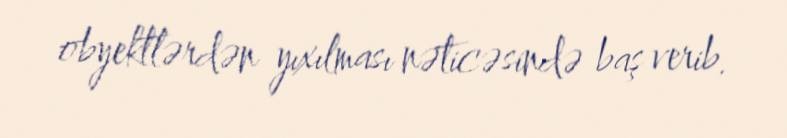
obyektlərdən yıxılması nəticəsində baş verib.